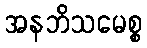
အနဘိသမေစ္စ